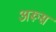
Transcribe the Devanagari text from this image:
अरूस